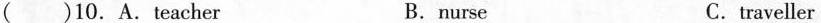
( )10.A.teacher B.nurse C.traveller